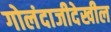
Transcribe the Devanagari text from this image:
गोलंदाजीदेखील